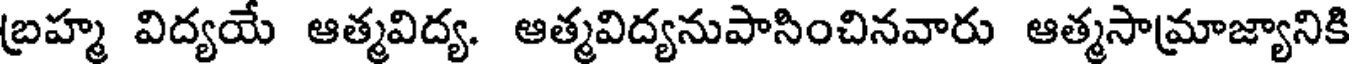
బ్రహ్మ విద్యయ ఆత్మవిద్య. ఆత్మవిద్యనుపాసించినవారు ఆత్మసామ్రాజ్యానికి